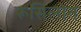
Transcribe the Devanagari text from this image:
रूसिलोन